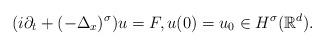
LaTeX: \begin{align*} (i\partial_t+(-\Delta_{x})^{\sigma})u=F,u(0)= u_0\in H^{\sigma}(\mathbb{R}^d).\end{align*}